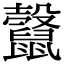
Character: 𪕷